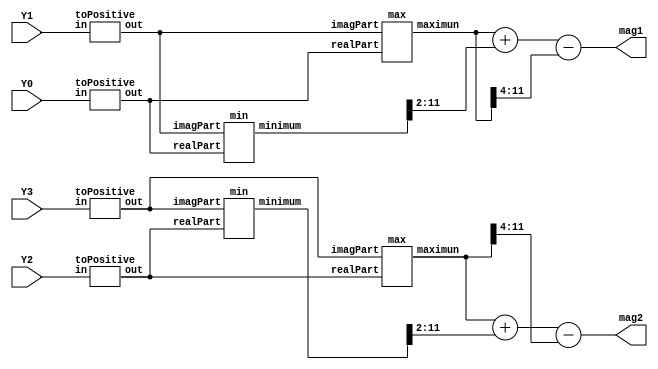
//=================================================
//
//  Hsiang-Yi Chung
//  March 2016
//
//  This Module is for estimating the 
//  magnitude of complex numbers.
//
//  Formula for estimating magnitude:
//  mag = max(|I|,|Q|) + 1/4*min(|I|,|Q|) - 1/16*max(|I|,|Q|) 
//
//=================================================


//mag1 = magnitude(Y0 + Y1 * i)
//mag2 = magnitude(Y2 + Y3 * i)
module magnitude(Y0, Y1, Y2, Y3, mag1, mag2);
	
	input [11:0] Y0, Y1, Y2, Y3;
	output [11:0] mag1, mag2;
	wire [11:0] max1, max2, min1, min2;
	wire [11:0] Z0, Z1, Z2, Z3;
	
	toPositive p1 (.in(Y0), .out(Z0));
	toPositive p2 (.in(Y1), .out(Z1));
	toPositive p3 (.in(Y2), .out(Z2));
	toPositive p4 (.in(Y3), .out(Z3));
	
	max m1 (.imagPart(Z1), .realPart(Z0), .maximun(max1));
	max m2 (.imagPart(Z3), .realPart(Z2), .maximun(max2));
	min m3 (.imagPart(Z1), .realPart(Z0), .minimum(min1));
	min m4 (.imagPart(Z3), .realPart(Z2), .minimum(min2));
	
	assign mag1 = max1 + (min1 >> 2) - (max1 >> 4);
	assign mag2 = max2 + (min2 >> 2) - (max2 >> 4);
	
endmodule

module toPositive(
	input [11:0] in,
	output reg [11:0] out);
	
	always @ * begin
		if(in[11] == 1'b1)
			out = ~in + 12'b1;
		else
			out = in;
	end
endmodule

module max(
	input [11:0] imagPart,
	input [11:0] realPart,
	output reg [11:0] maximun);
	
	always @ * begin
		if(imagPart > realPart)
			maximun = imagPart;
		else
			maximun = realPart;
	end
endmodule

module min(
	input [11:0] imagPart,
	input [11:0] realPart,
	output reg [11:0] minimum);
	
	always @ * begin
		if(imagPart > realPart)
			minimum = realPart;
		else
			minimum = imagPart;
	end
endmodule